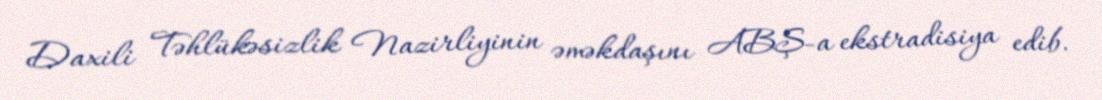
Daxili Təhlükəsizlik Nazirliyinin əməkdaşını ABŞ-a ekstradisiya edib.